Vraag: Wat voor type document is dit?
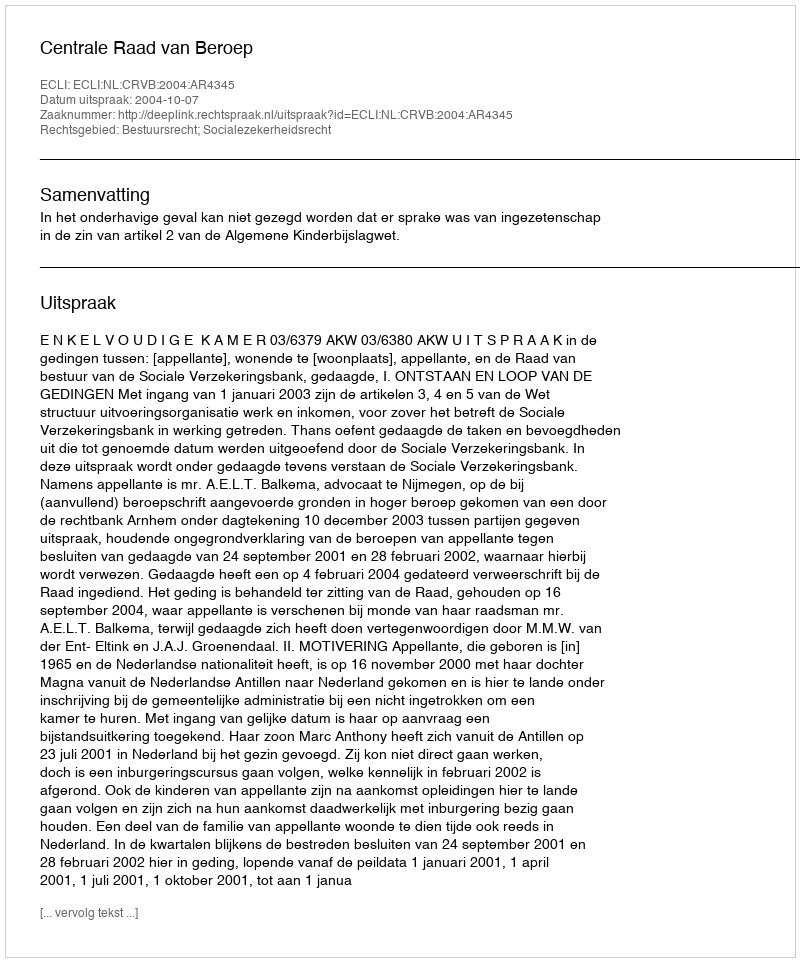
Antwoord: Uitspraak